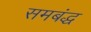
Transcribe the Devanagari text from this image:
समबंद्ध